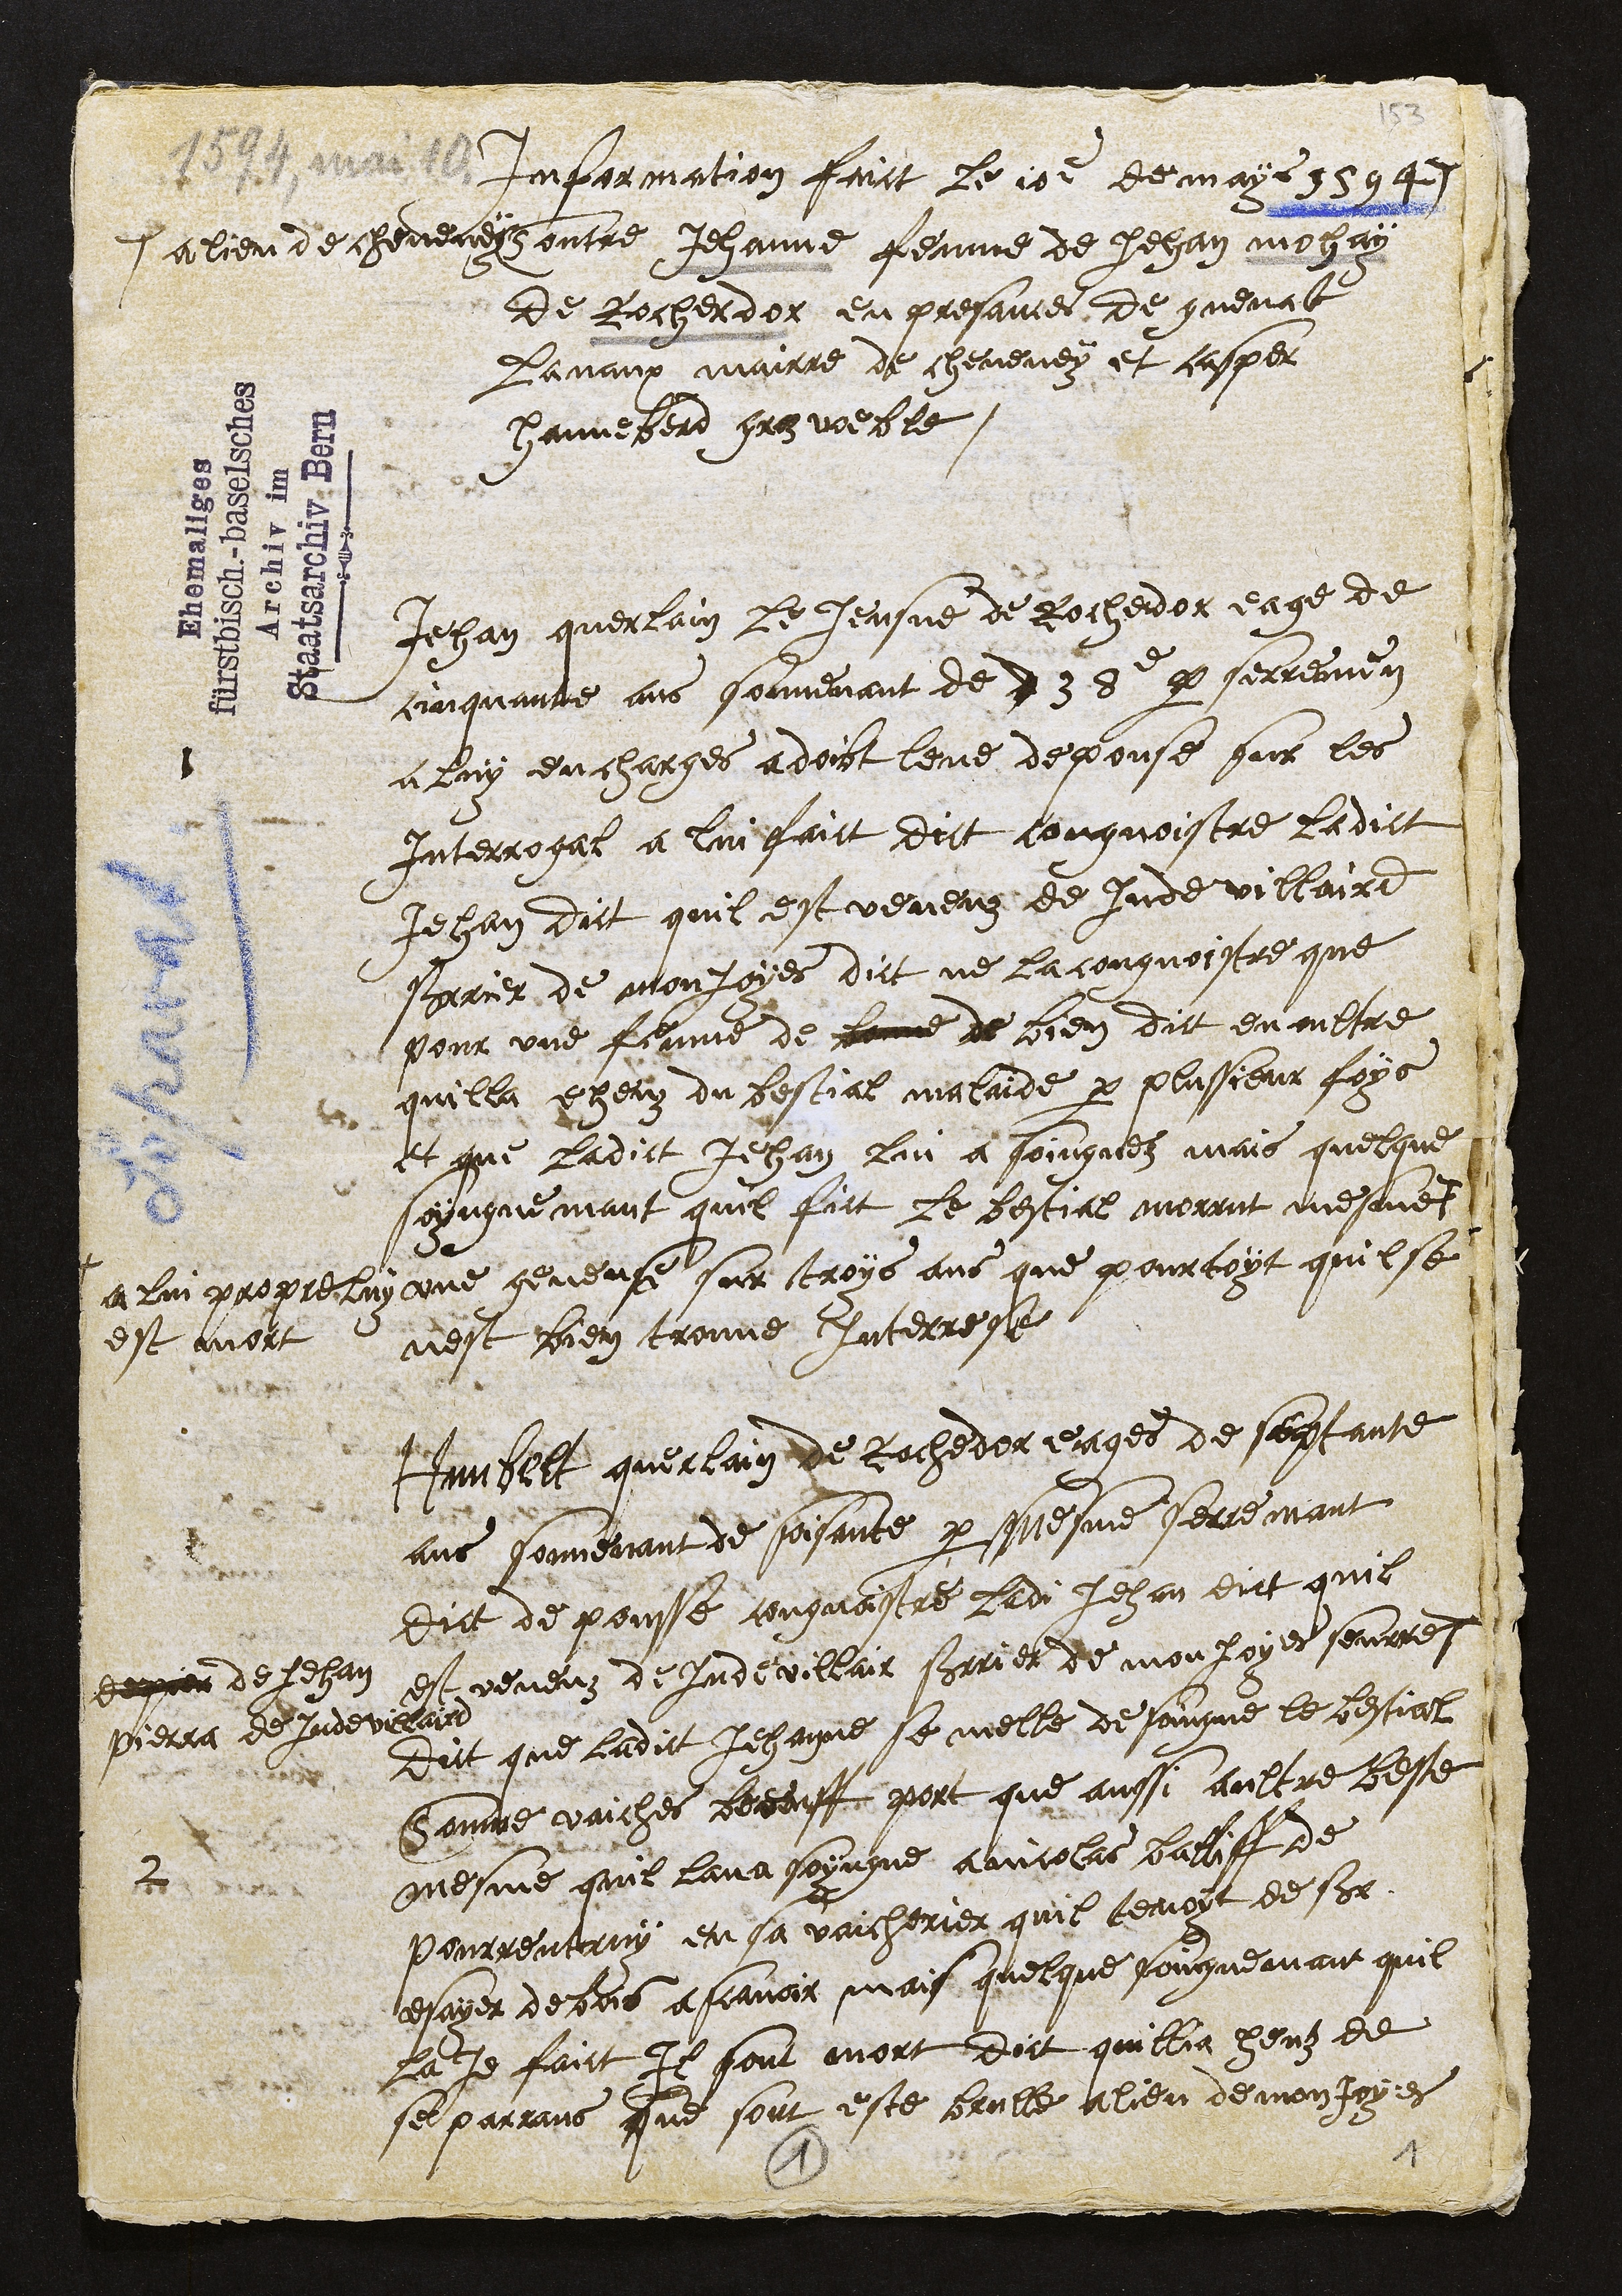
Information faict le comme de may 1594
# a lieu de cheveney ontre Jehanne femme de Jehan malay
de Rochedor en pressance de guenat
Lavaux mairre de cheveney et capper
Hanneberd grez voeble.
Jehan querlain le Jeusne de Rochedor eage de
cinquante ans souvenant de 23e par serremen
1
a luy encharges a doibt levé depouse sur les
Interrogal a lui faict dict congnoistre ladict
Jehan dict quil est verieuz de Inde villaire
Prier de monfoyes dict ne la congnoistre que
pour une femme de bonne de bien dict en oultre
quilla heuz du bestial malade par plusieur foys
et que ladict Jehan lui a soignez mais quelque
soingne mant quil fit le bestial morrut mesme
+
a lui propre luy une geneuse sur trois ans que pourtoit quil se
est bien trouve Interroge.
est avoit
3
de pier de Jehan
Pierra de devirard
abat quellain de Rochedor eages de septante
ans souvenant de soissante par mesme serremant
dict de pousse congnoistre ladi Jehan dict quil
est reneuz de Indevilloir serrier de monfoye sourre
dict que ladict Jehanne se melle de somme le bestial
Comme vaiches boeuff port que aussi aultre beste
mesme quil lava soingne a nicolas balle de
Pourrentruy en sa vaicherier quil tenoit de ser
estier de bois a scavoir mais quelque rougnemais quil
la de faict Il sont mort dict quillia heuz de
se parrans que sont este brulle a lieu demontoyes